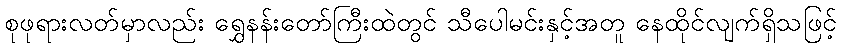
စုဖုရားလတ်မှာလည်း ရွှေနန်းတော်ကြီးထဲတွင် သီပေါမင်းနှင့်အတူ နေထိုင်လျက်ရှိသဖြင့်